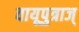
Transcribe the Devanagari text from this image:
वायूपुत्राज्